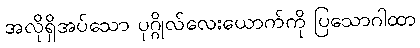
အလိုရှိအပ်သော ပုဂ္ဂိုလ်လေးယောက်ကို ပြသောဂါထာ